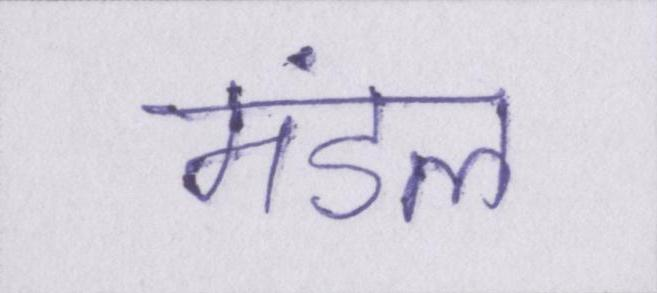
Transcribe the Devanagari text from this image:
मंडल